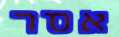
אסר